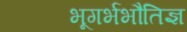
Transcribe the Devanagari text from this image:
भूगर्भभौतिज्ञ